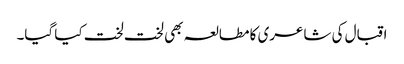
اقبال کی شاعری کا مطالعہ بھی لخت لخت کیا گیا۔